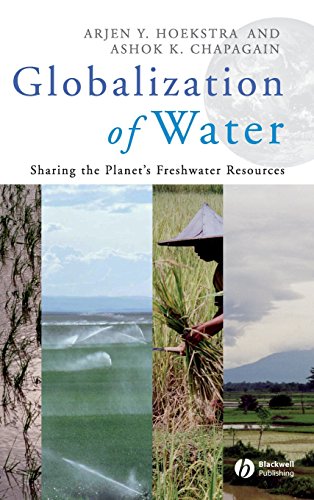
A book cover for Globalization of Water: Sharing the Planet's Freshwater Resources; Arjen Y. Hoekstra; Science & Math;